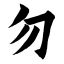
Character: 勿